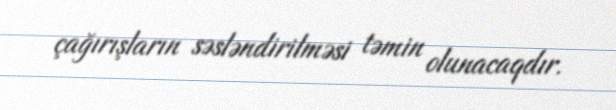
çağırışların səsləndirilməsi təmin olunacaqdır.